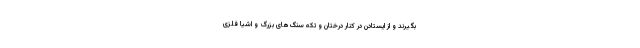
بگیرند و از ایستادن در کنار درختان و تکه سنگ‌های بزرگ و اشیا فلزی